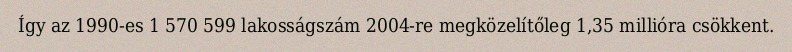
Így az 1990-es 1 570 599 lakosságszám 2004-re megközelítőleg 1,35 millióra csökkent.